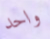
واحد